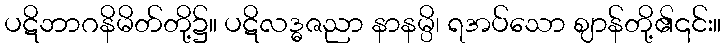
ပဋိဘာဂနိမိတ်တို့၌။ ပဋိလဒ္ဓဇညာ နာနမ္ပိ၊ ရအပ်သော ဈာန်တို့၏၎င်း။